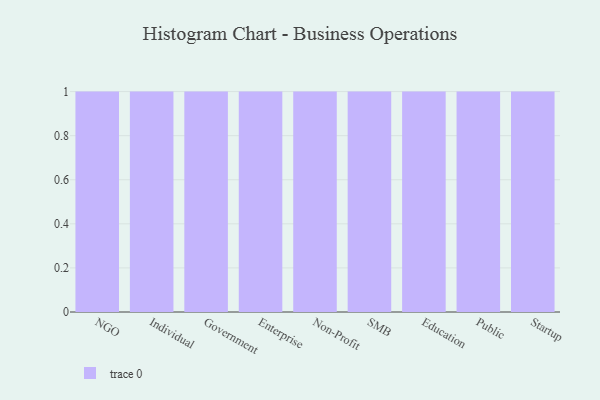
{"axis": {"x": "Segment", "y": "Active Users"}, "legend": [""], "data": [{"x": "NGO", "y": 4, "type": ""}, {"x": "Individual", "y": 37, "type": ""}, {"x": "Government", "y": 81, "type": ""}, {"x": "Enterprise", "y": 98, "type": ""}, {"x": "Non-Profit", "y": 98, "type": ""}, {"x": "SMB", "y": 7, "type": ""}, {"x": "Education", "y": 17, "type": ""}, {"x": "Public", "y": 85, "type": ""}, {"x": "Startup", "y": 49, "type": ""}]}